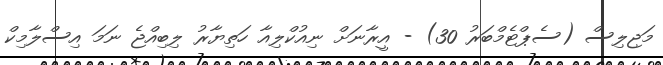
މަޖިލިސް (ސެޕްޓެމްބަރު 30) - އީރާނަށް ނިއުކްލިއާ ހަތިޔާރު ލިބިއްޖެ ނަމަ އިސްލާމިކް